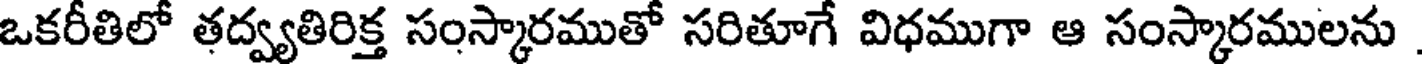
ఒకరీతిలో తద్వ్యతిరిక్త సంస్కారముతో సరితూగే విధముగా ఆ సంస్కారములను